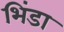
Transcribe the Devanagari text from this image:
भिंडा